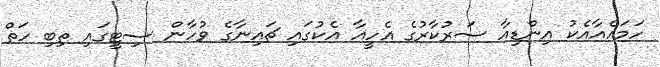
ހަމައެއާއެކު އިންޑިއާ ސަރުކާރުގެ އެހީއާ އެކުގައި ޗައިނާގެ ވުހާން ސިޓީގައި ތިބި ހަތް